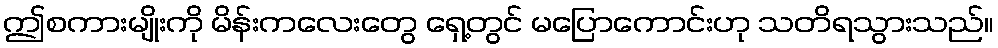
ဤစကားမျိုးကို မိန်းကလေးတွေ ရှေ့တွင် မပြောကောင်းဟု သတိရသွားသည်။